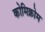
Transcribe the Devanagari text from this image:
कोमिक्रोम